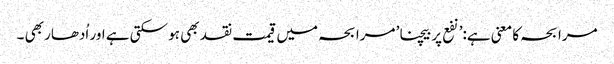
مرابحہ کا معنی ہے:’نفع پر بیچنا’ مرابحہ میں قیمت نقد بھی ہو سکتی ہے اور اُدھار بھی ۔